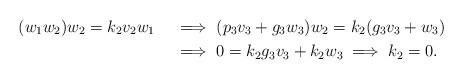
LaTeX: \begin{align*}(w_1w_2)w_2=k_2v_2w_1 \ \ \ &\implies (p_3v_3 + g_3w_3)w_2=k_2(g_3v_3+w_3) \\\ \ \ &\implies 0=k_2g_3v_3+k_2w_3 \implies k_2=0.\end{align*}